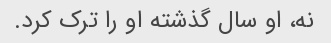
نه، او سال گذشته او را ترک کرد.